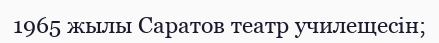
1965 жылы Саратов театр училещесін;